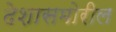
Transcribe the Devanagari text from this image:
देशासमोरील